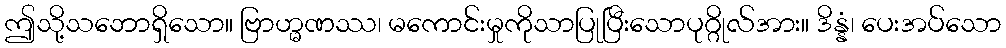
ဤသို့သဘောရှိသော။ ဗြာဟ္မဏဿ၊ မကောင်းမှုကိုသာပြုပြီးသောပုဂ္ဂိုလ်အား။ ဒိန္နံ၊ ပေးအပ်သော